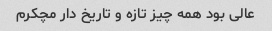
عالی بود همه چیز تازه و تاریخ دار مچکرم